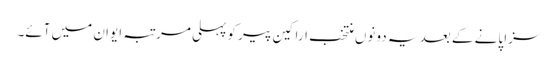
سزا پانے کے بعد یہ دونوں منتخب اراکین پیر کو پہلی مرتبہ ایوان میں آئے۔